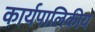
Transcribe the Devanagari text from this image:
कार्यपालिकीय